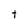
Character: t